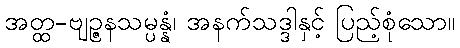
အတ္ထ-ဗျဉ္ဇနသမ္ပန္နံ၊ အနက်သဒ္ဒါနှင့် ပြည့်စုံသော။